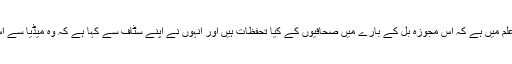
صدارتی ترجمان صدیق صدیقی کا کہنا ہے کہ صدر کے علم میں ہے کہ اس مجوزہ بل کے بارے میں صحافیوں کے کیا تحفظات ہیں اور انہوں نے اپنے سٹاف سے کہا ہے کہ وہ میڈیا سے اس بارے میں بات چیت کریں اور ان کی رائے معلوم کریں۔